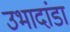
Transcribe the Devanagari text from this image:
उभादांडा